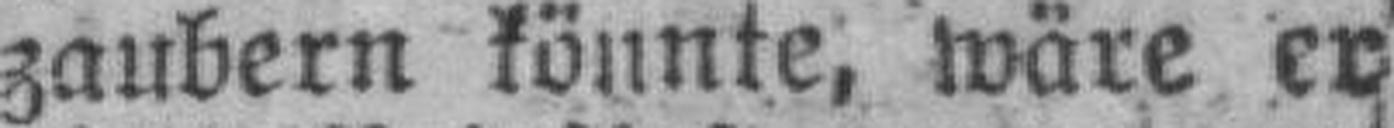
zaubern könnte, wäre er